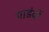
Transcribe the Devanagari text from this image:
पाडंवों